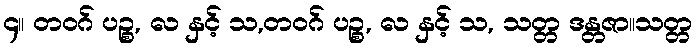
၄။ တဝဂ် ပဉ္စ, လ နှင့် သ,တဝဂ် ပဉ္စ, လ နှင့် သ, သတ္တ ဒန္တဇာ။သတ္တ